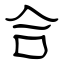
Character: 合